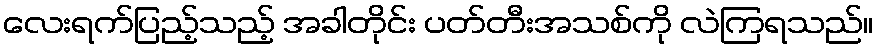
လေးရက်ပြည့်သည့် အခါတိုင်း ပတ်တီးအသစ်ကို လဲကြရသည်။